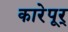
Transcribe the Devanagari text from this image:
कारेपूर्